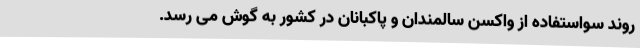
روند سواستفاده از واکسن سالمندان و پاکبانان در کشور به گوش می رسد.